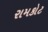
રામકોટ